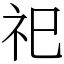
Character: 祀